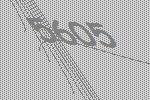
5605